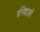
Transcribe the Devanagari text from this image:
रनिवासों